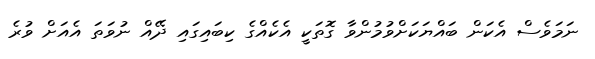
ނަމަވެސް އެކަން ބައްޔަކަށްވުމުންވާ ގޮތަކީ އެކެއްގެ ކިބައިގައި ދޭއް ނުވަތަ އެއަށް ވުރެ